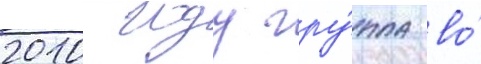
2010 году гру́ппа во́